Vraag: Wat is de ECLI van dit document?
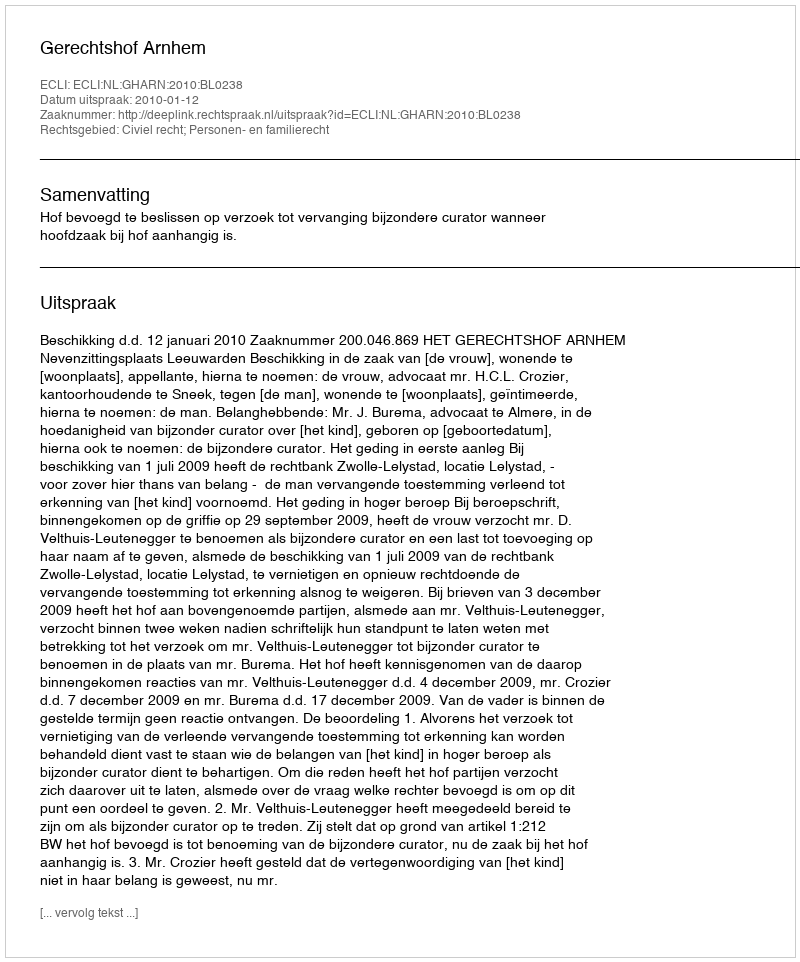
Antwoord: ECLI:NL:GHARN:2010:BL0238